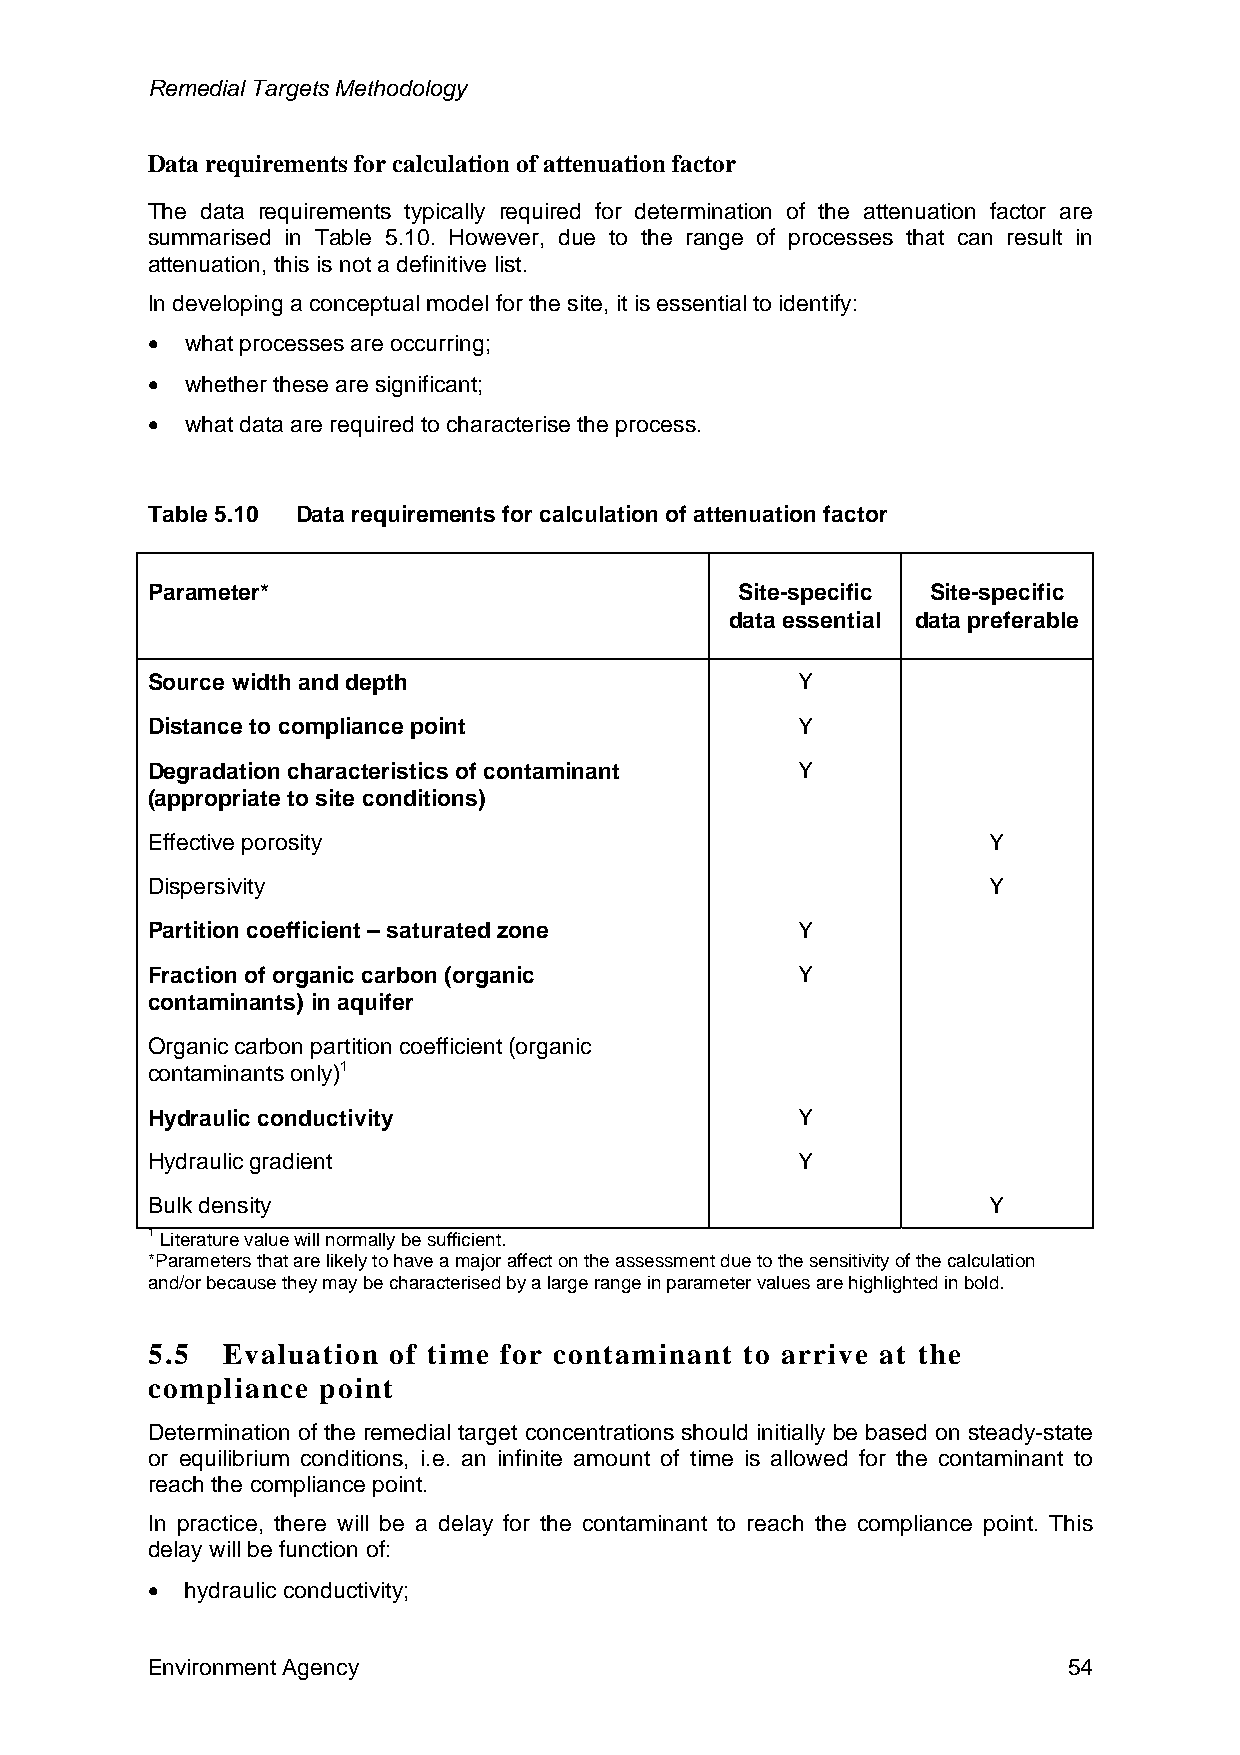
Remedial Targets Methodology
 Data requirements for calculation of attenuation factor
 The data requirements typically required for determination of the attenuation factor are
 summarised in Table 5.10. However, due to the range of processes that can result in
 attenuation, this is not a definitive list.
 In developing a conceptual model for the site, it is essential to identify:
 • what processes are occurring;
 • whether these are significant;
 • what data are required to characterise the process.
 Table 5.10 Data requirements for calculation of attenuation factor
 Parameter*                             Site-specific Site-specific
 data essential data preferable
 Source width and depth                     Y
 Distance to compliance point               Y
 Degradation characteristics of contaminant Y
 (appropriate to site conditions)
 Effective porosity                                     Y
 Dispersivity                                           Y
 Partition coefficient – saturated zone     Y
 Fraction of organic carbon (organic        Y
 contaminants) in aquifer
 Organic carbon partition coefficient (organic
 contaminants only)1
 Hydraulic conductivity                     Y
 Hydraulic gradient                         Y
 Bulk density                                           Y
 1 Literature value will normally be sufficient.
 *Parameters that are likely to have a major affect on the assessment due to the sensitivity of the calculation
 and/or because they may be characterised by a large range in parameter values are highlighted in bold.
 5.5  Evaluation of time for contaminant to arrive at the
 compliance point
 Determination of the remedial target concentrations should initially be based on steady-state
 or equilibrium conditions, i.e. an infinite amount of time is allowed for the contaminant to
 reach the compliance point.
 In practice, there will be a delay for the contaminant to reach the compliance point. This
 delay will be function of:
 • hydraulic conductivity;
 Environment Agency                                           54